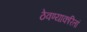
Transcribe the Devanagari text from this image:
ठेवण्याकरितां